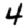
Digit: 4